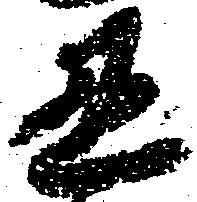
丑